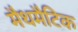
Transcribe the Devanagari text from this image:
मैथमैटिक